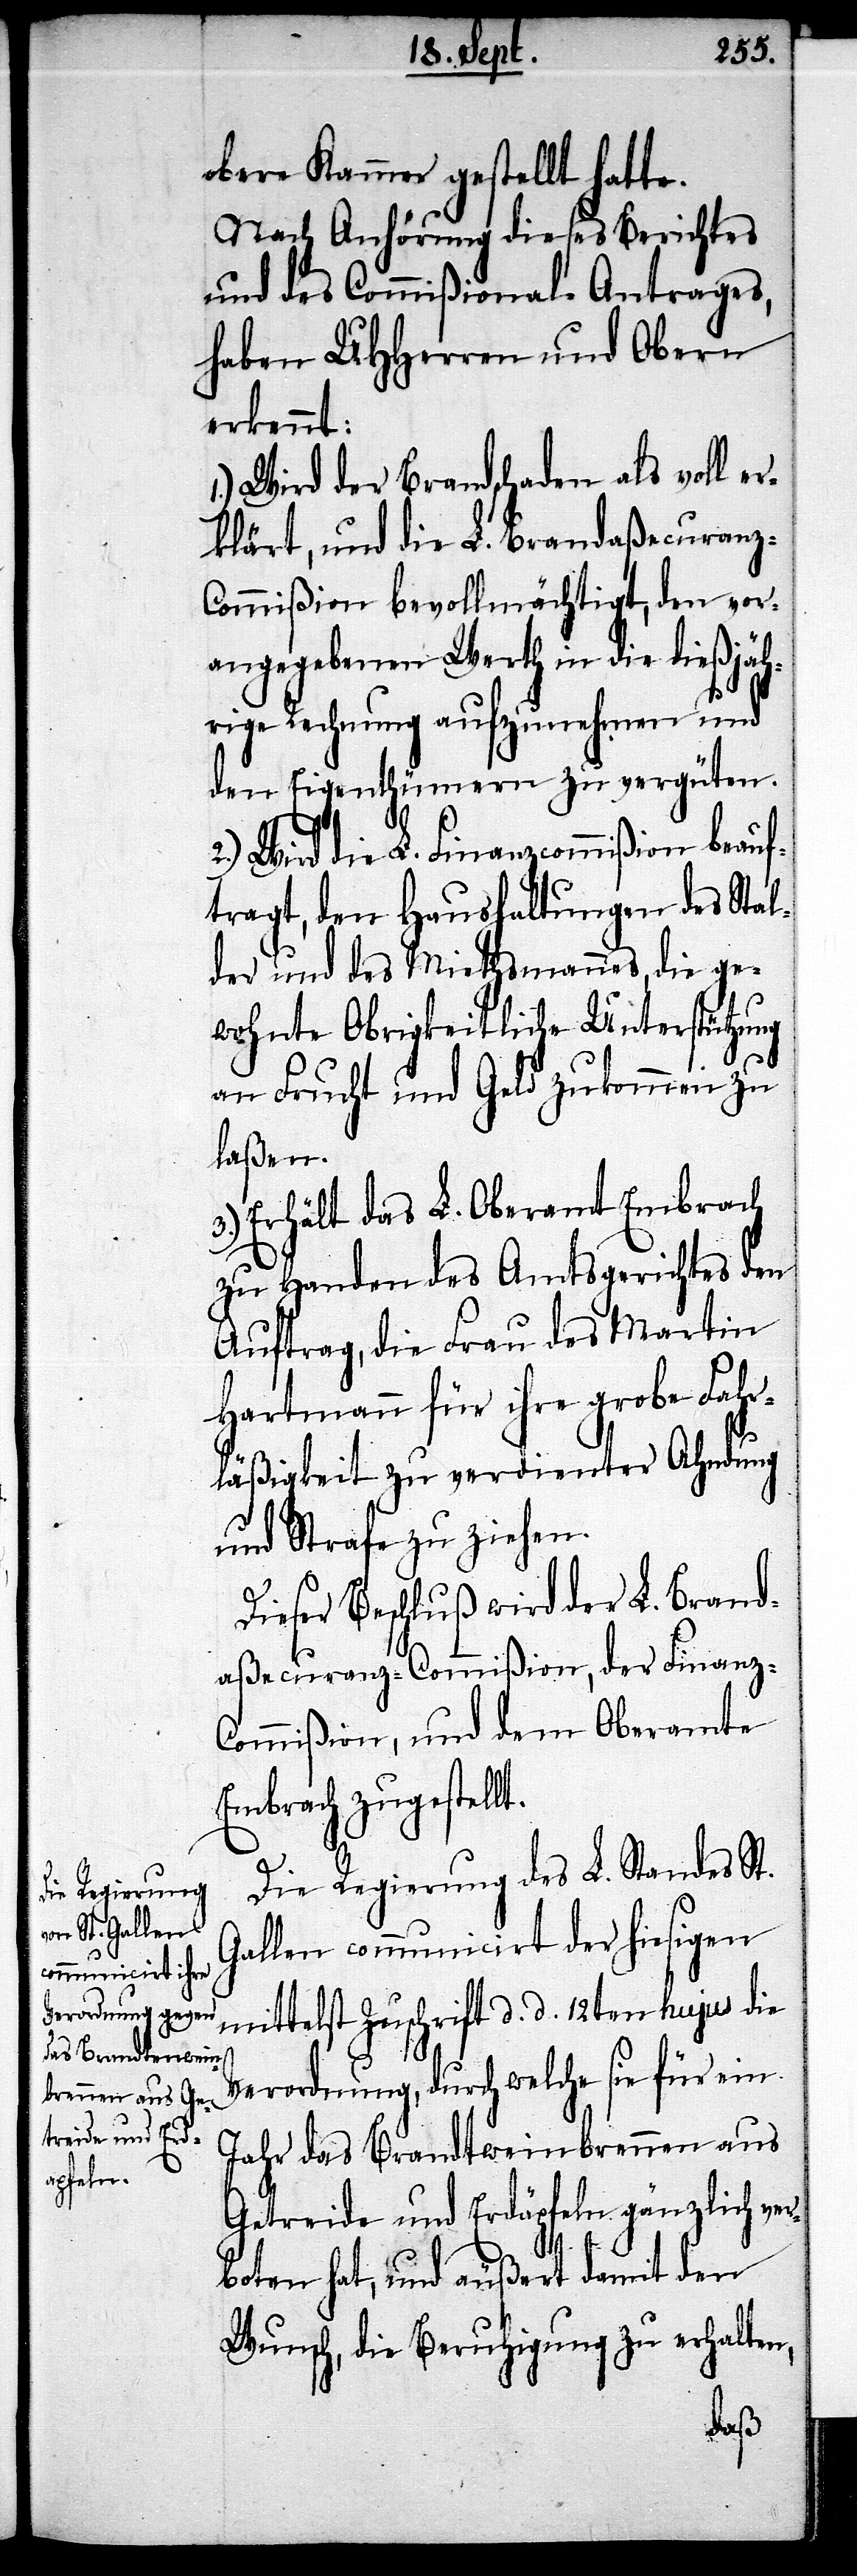
obere Kammer gestellt hatte.
Nach Anhörung dieses Berichtes
und des Commißional-Antrages,
haben UHHerren und Obern
erkennt:
1.) Wird der Brandschaden als voll e¬
rklärt, und die L. Brandaßecuranz-C¬
ommißion bevollmächtigt, den vor¬
angegebenen Werth in die dießjäh¬
rige Rechnung aufzunehmen und
den Eigenthümern zu vergüten.
2.) Wird die L. Finanzcommißion beauf¬
tragt, den Haushaltungen des Stal¬
der und des Miethsmannes, die ge¬
wohnte Obrigkeitliche Unterstützung
an Frucht und Geld zukommen zu
laßen.
3.) Enthält das L. Oberamt Embrach
zu Handen des Amtsgerichtes den
Auftrag, die Frau des Martin
Hartmann für ihre grobe Fahr¬
läßigkeit zu verdienter Ahndung
und Strafe zu ziehen.
Dieser Beschluß wird der L. Brand¬
aßecuranz-Commißion, der Finanz-C¬
ommißion, und dem Oberamte
Embrach zugestellt.
Die Regierung des L. Standes St.
Gallen communicirt der hiesigen
mittelst Zuschrift d. d. 12ten hujus die
Verordnung, durch welche sie für ein
Jahr das Brandtweinbrennen aus
Getreide und Erdäpfeln gänzlich ve¬
rboten hat, und äußert damit den
Wunsch, die Beruhigung zu erhalten,